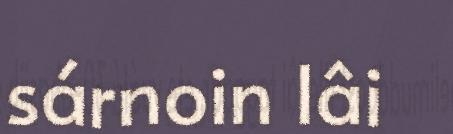
sárnoin lâi